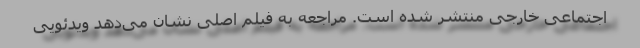
اجتماعی خارجی منتشر شده است. مراجعه به فیلم اصلی نشان می‌دهد ویدئویی